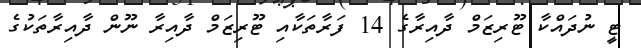
ޓީ ނުދައްކާ ޓޫރިޒަމް ދާއިރާގެ 14 ފަރާތަކާއި ޓޫރިޒަމް ދާއިރާ ނޫން ދާއިރާތަކުގެ